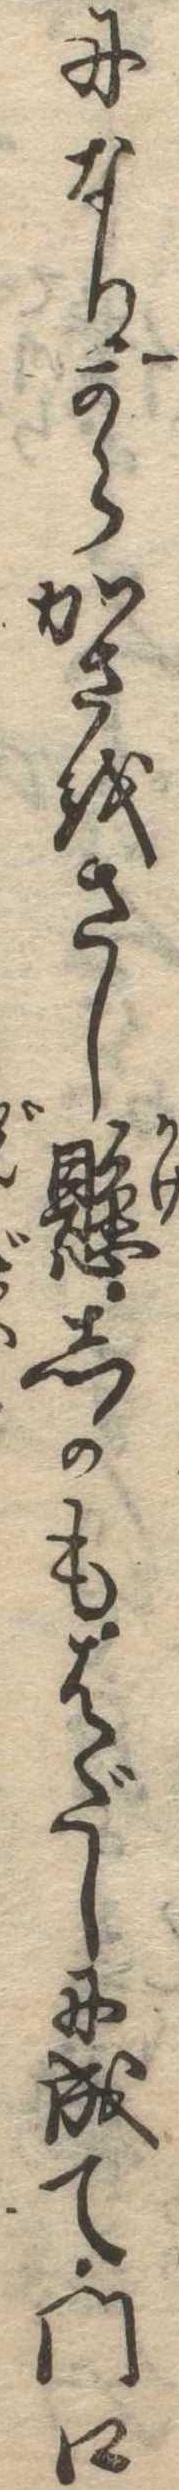
になりからかさをさし懸しかもはだしに成て門口